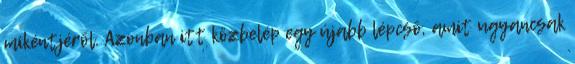
mikéntjérõl. Azonban itt közbelép egy újabb lépcsõ, amit ugyancsak